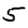
Digit: 5